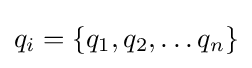
q_{i}=\left\{q_{1},q_{2},\ldots q_{n}\right\}